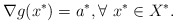
\begin{align*}\nabla g(x^*)=a^*,\forall\ x^*\in X^*.\end{align*}